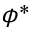
\phi ^ { * }